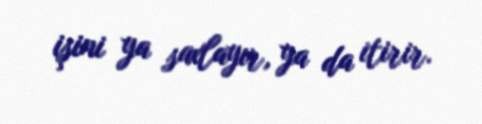
işini ya saxlayır, ya da itirir.